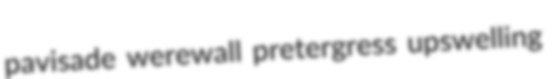
pavisade werewall pretergress upswelling